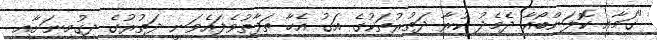
"ގަމާއި ކޮލަންބޯއާ ދެމެދު ކުރާ ދަތުރުތަކުގެ އަގު އެހާ ތަފާތުވެފައެވަނީ ދަތުރުގެ ދިގުމިނަށާއި